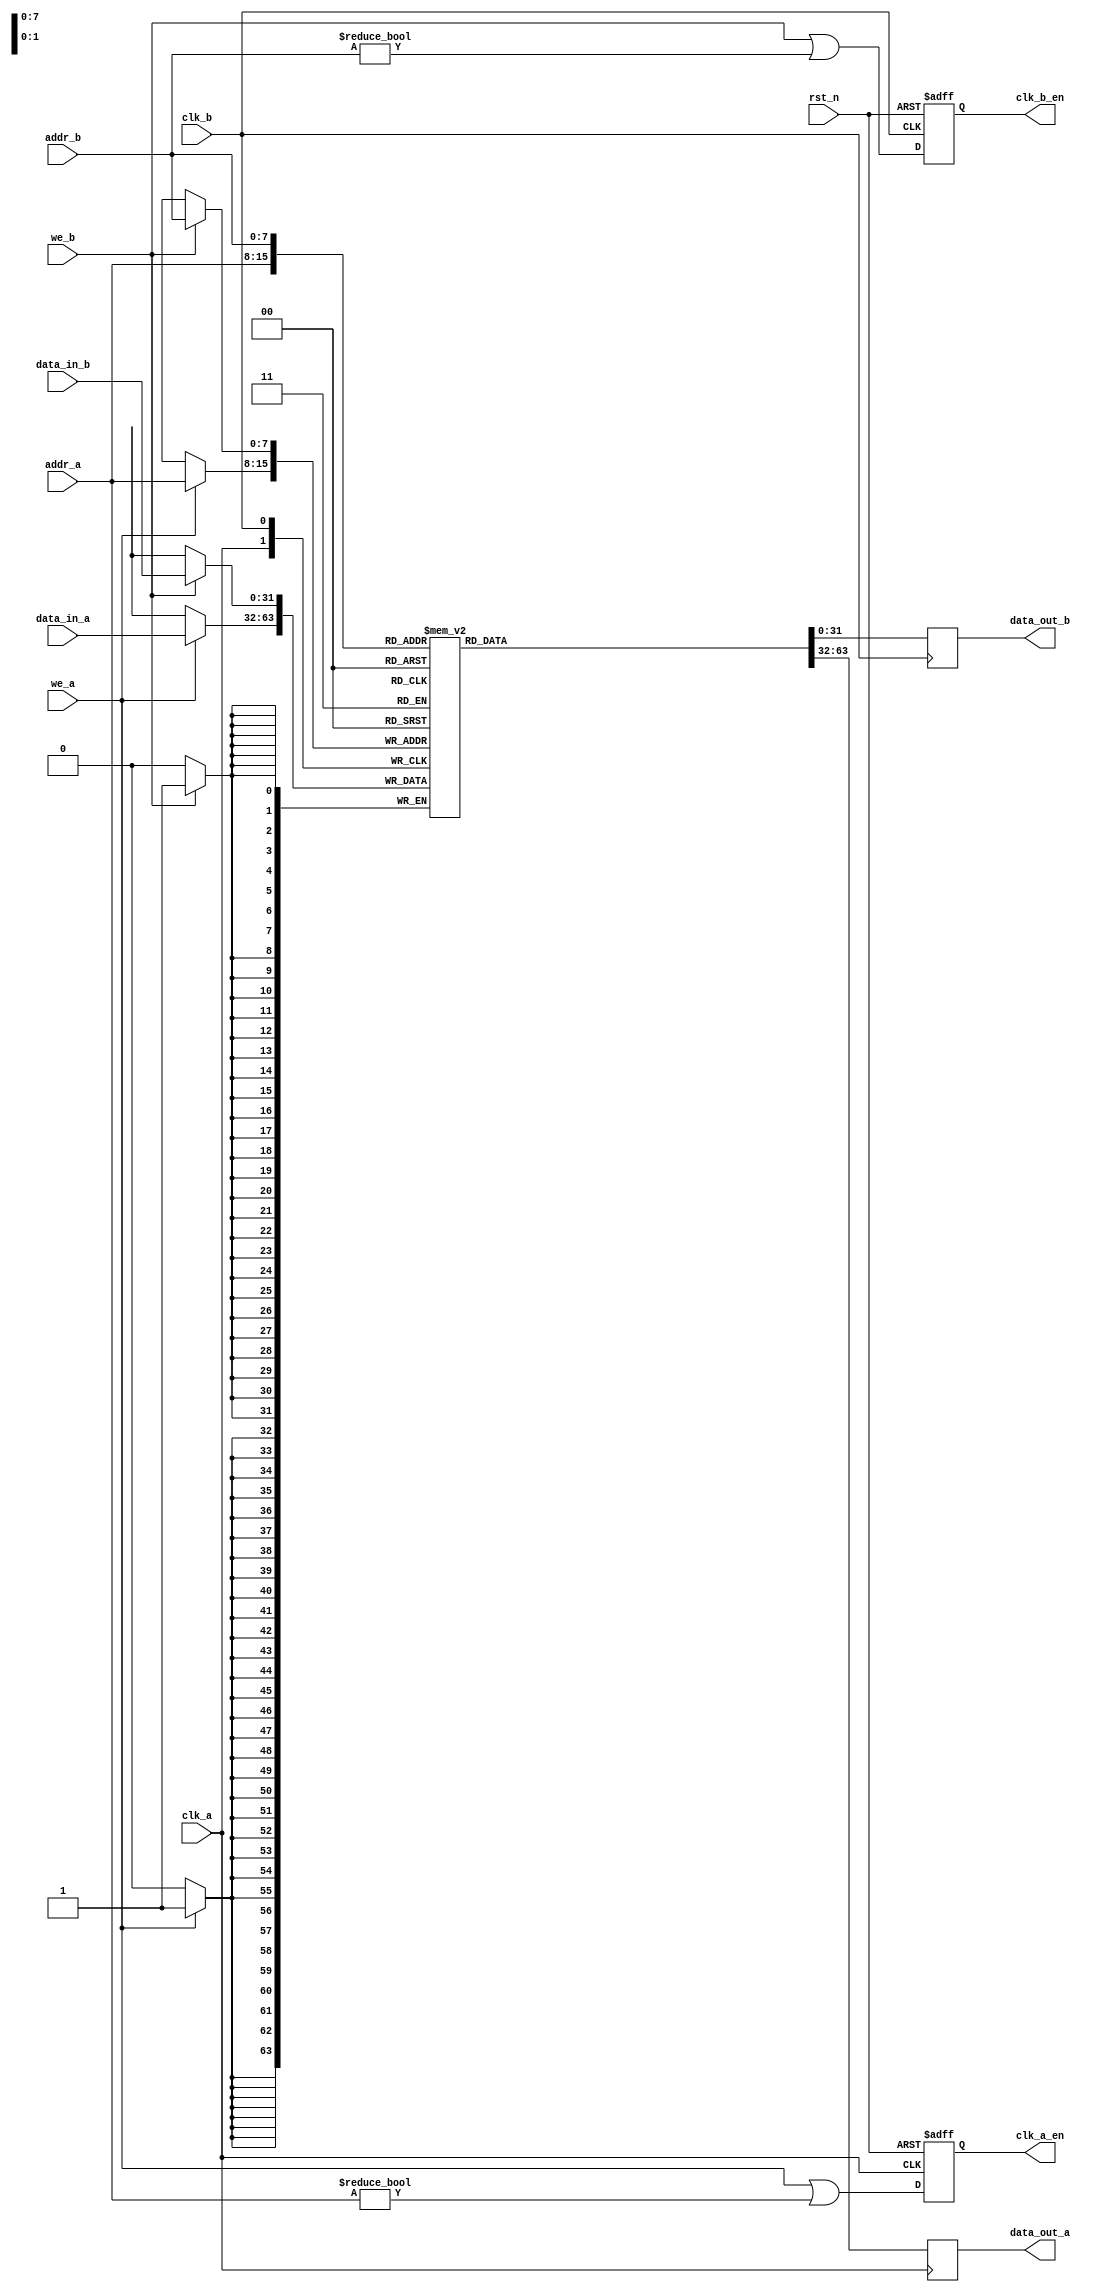
module memory_block (
    input wire clk_a,            // Clock A
    input wire clk_b,            // Clock B
    input wire rst_n,            // Active low reset
    input wire [7:0] addr_a,     // Address input for Clock A
    input wire [7:0] addr_b,     // Address input for Clock B
    input wire [31:0] data_in_a, // Data input for Clock A
    input wire [31:0] data_in_b, // Data input for Clock B
    input wire we_a,             // Write enable for Clock A
    input wire we_b,             // Write enable for Clock B
    output reg [31:0] data_out_a, // Data output for Clock A
    output reg [31:0] data_out_b, // Data output for Clock B
    output reg clk_a_en,         // Clock A enable signal
    output reg clk_b_en          // Clock B enable signal
);

    // Memory array
    reg [31:0] memory [255:0]; // 256 x 32-bit memory

    // Clock gating logic for Clock A
    always @(posedge clk_a or negedge rst_n) begin
        if (!rst_n) begin
            clk_a_en <= 1'b0;
        end else begin
            clk_a_en <= we_a || (addr_a != 8'b0); // Enable clock if write or valid address
        end
    end

    // Clock gating logic for Clock B
    always @(posedge clk_b or negedge rst_n) begin
        if (!rst_n) begin
            clk_b_en <= 1'b0;
        end else begin
            clk_b_en <= we_b || (addr_b != 8'b0); // Enable clock if write or valid address
        end
    end

    // Memory operations for Clock A
    always @(posedge clk_a) begin
        if (we_a) begin
            memory[addr_a] <= data_in_a; // Write operation
        end
        data_out_a <= memory[addr_a]; // Read operation
    end

    // Memory operations for Clock B
    always @(posedge clk_b) begin
        if (we_b) begin
            memory[addr_b] <= data_in_b; // Write operation
        end
        data_out_b <= memory[addr_b]; // Read operation
    end

    // Data synchronization logic (simple synchronizer)
    reg [31:0] sync_data_a;
    reg [31:0] sync_data_b;

    always @(posedge clk_b) begin
        sync_data_a <= data_out_a; // Synchronize data from Clock A to Clock B
    end

    always @(posedge clk_a) begin
        sync_data_b <= data_out_b; // Synchronize data from Clock B to Clock A
    end

endmodule